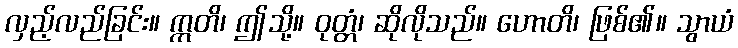
လှည့်လည်ခြင်း။ ဣတိ၊ ဤသို့။ ဝုတ္တံ၊ ဆိုလိုသည်။ ဟောတိ၊ ဖြစ်၏။ သွာယံ